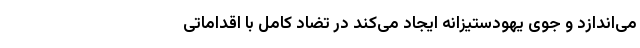
می‌اندازد و جوی یهودستیزانه ایجاد می‌کند در تضاد کامل با اقداماتی